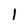
Character: 1